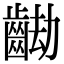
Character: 𪘖